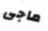
ماجى